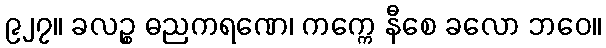
၉၂၇။ ခလဉ္စ ဓညကရဏေ၊ ကက္ကေ နီစေ ခလော ဘဝေ။